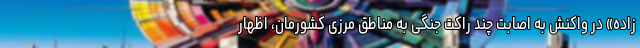
زاده» در واکنش به اصابت چند راکت جنگی به مناطق مرزی کشورمان، اظهار